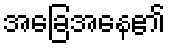
အခြေအနေ၏